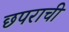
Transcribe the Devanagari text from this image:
छपराची